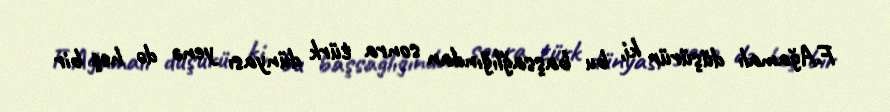
F.Ağamalı düşürür ki, bu başsağlığından sonra türk dünyası yenə də heç bir